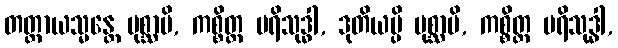
တတ္ထာယသ္မန္တေ ပုစ္ဆာမိ, ကစ္စိတ္ထ ပရိသုဒ္ဓါ, ဒုတိယမ္ပိ ပုစ္ဆာမိ, ကစ္စိတ္ထ ပရိသုဒ္ဓါ,